Annual report of the Bengal Veterinary College and of the Civil Veterinary Department, Bengal, for the year 1919-20 - 1919-1920
Year: 1919
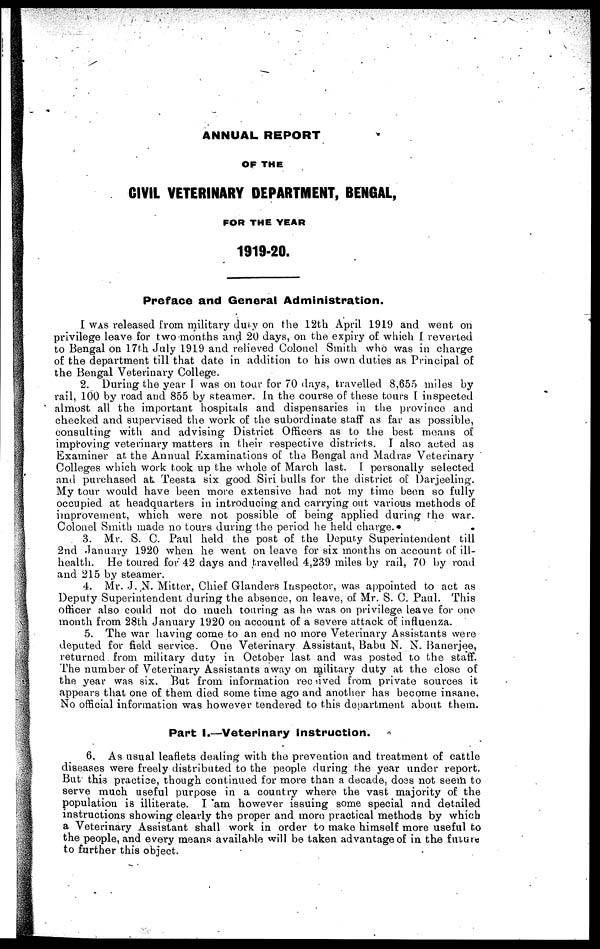
ANNUAL REPORT
OF THE
CIVIL VETERINARY DEPARTMENT, BENGAL,
FOR THE YEAR
1919-20.
Preface and General Administration.
I WAS released from military duty on the 12th April 1919 and went on
privilege leave for two months and 20 days, on the expiry of which I reverted
to Bengal on 17th July 1919 and relieved Colonel Smith who was in charge
of the department till that date in addition to his own duties as Principal of
the Bengal Veterinary College.
2. During the year I was on tour for 70 days, travelled 8,655 miles by
rail, 100 by road and 855 by steamer. In the course of these tours I inspected
almost all the important hospitals and dispensaries in the province and
checked and supervised the work of the subordinate staff as far as possible,
consulting with and advising District Officers as to the best means of
improving veterinary matters in their respective districts. I also acted as
Examiner at the Annual Examinations of the Bengal and Madras Veterinary
Colleges which work took up the whole of March last. I personally selected
and purchased at Teesta six good Siri bulls for the district of Darjeeling.
My tour would have been more extensive had not my time been so fully
occupied at headquarters in introducing and carrying out various methods of
improvement, which were not possible of being applied during the war.
Colonel Smith made no tours during the period he held charge.
3. Mr. S. C. Paul held the post of the Deputy Superintendent till
2nd January 1920 when he went on leave for six months on account of ill-
health. He toured for 42 days and travelled 4,239 miles by rail, 70 by road
and 215 by steamer.
4. Mr. J. N. Mitter, Chief Glanders Inspector, was appointed to act as
Deputy Superintendent during the absence, on leave, of Mr. S. C. Paul. This
officer also could not do much touring as he was on privilege leave for one
month from 28th January 1920 on account of a severe attack of influenza.
5. The war having come to an end no more Veterinary Assistants were
deputed for field service. One Veterinary Assistant, Babu N. N. Banerjee,
returned from military duty in October last and was posted to the staff.
The number of Veterinary Assistants away on military duty at the close of
the year was six. But from information received from private sources it
appears that one of them died some time ago and another has become insane.
No official information was however tendered to this department about them.
Part I.—Veterinary instruction.
6. As usual leaflets dealing with the prevention and treatment of cattle
diseases were freely distributed to the people during the year under report.
But this practice, though continued for more than a decade, does not seem to
serve much useful purpose in a country where the vast majority of the
population is illiterate. I am however issuing some special and detailed
instructions showing clearly the proper and more practical methods by which
a Veterinary Assistant shall work in order to make himself more useful to
the people, and every means available will be taken advantage of in the future
to further this object.